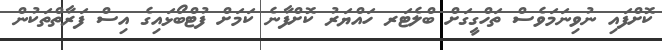
ކޮށްފައި ނުވިނަމަވެސް ތަހްގީގަށް ބްލެޓަރ ހައްޔަރު ކޮށްފާނެ ކަމަށް ފުޓްބޯޅައިގެ އިސް ފަރާތްތަކުން